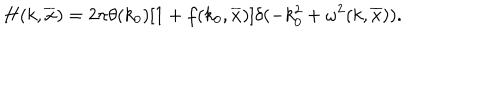
H ( k , \overline { { x } } ) = 2 \pi \theta ( k _ { 0 } ) \lbrack 1 + f ( k _ { 0 } , \overline { { x } } ) \rbrack \delta ( - k _ { 0 } ^ { 2 } + \omega ^ { 2 } ( k , \overline { { x } } ) ) .